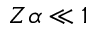
Z \alpha \ll 1